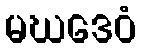
မဃဒေဝံ